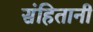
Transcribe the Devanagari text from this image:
संहितानी